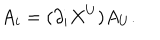
A _ { i } = ( \partial _ { i } X ^ { U } ) A _ { U } .